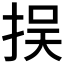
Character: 𢫸